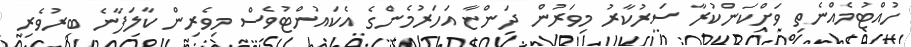
ހުއްޓުމެއްނެތި ވަށްކަންކުރާ ސަރުކާރު މިވަރުން ދަންޏާ އަހަރުމެންގެ އެކައުންޓުވެސް މިވެރިން ކާލަފާނެ ބިރުވެރި